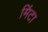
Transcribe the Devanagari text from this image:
मिंटा